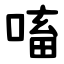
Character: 㗜